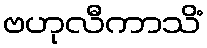
ဗဟုလီကာသိံ